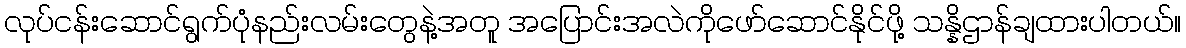
လုပ်ငန်းဆောင်ရွက်ပုံနည်းလမ်းတွေနဲ့အတူ အပြောင်းအလဲကိုဖော်ဆောင်နိုင်ဖို့ သန္နိဌာန်ချထားပါတယ်။